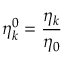
\eta _ { k } ^ { 0 } = \frac { \eta _ { k } } { \eta _ { 0 } }